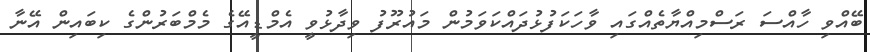
ބޭއްވި ހާއްސަ ރަސްމިއްޔާތެއްގައި ވާހަކަފުޅުދައްކަވަމުން މައުރޫފު ވިދާޅުވީ އެމްޑީއޭގެ މެމްބަރުންގެ ކިބައިން އޭނާ